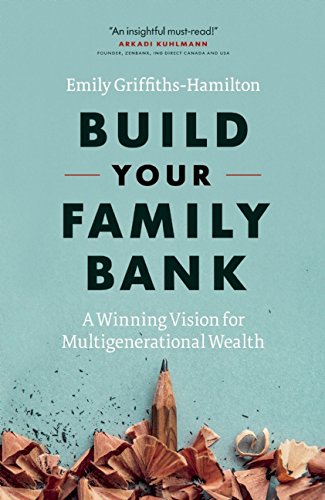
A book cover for Build Your Family Bank: A Winning Vision for Multigenerational Wealth; Emily Griffiths-Hamilton; Business & Money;